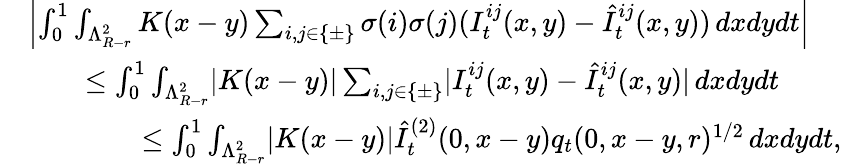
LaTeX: \begin{array}{rl}&{\left\lvert\int_{0}^{1}\int_{\Lambda_{R-r}^{2}}K(x-y)\sum_{i,j\in\{ \pm\} }\sigma(i)\sigma(j)(I_{t}^{ij}(x,y)-\hat{I}_{t}^{ij}(x,y))\, dxdydt\right\rvert}\\ &{\qquad\leq\int_{0}^{1}\int_{\Lambda_{R-r}^{2}}\lvert K(x-y)\rvert\sum_{i,j\in\{ \pm\} }\lvert I_{t}^{ij}(x,y)-\hat{I}_{t}^{ij}(x,y)\rvert\, dxdydt}\\ &{\qquad\qquad\leq\int_{0}^{1}\int_{\Lambda_{R-r}^{2}}\lvert K(x-y)\rvert\hat{I}_{t}^{(2)}(0,x-y)q_{t}(0,x-y,r)^{1/2}\, dxdydt,}\end{array}